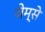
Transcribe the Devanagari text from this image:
जेम्से